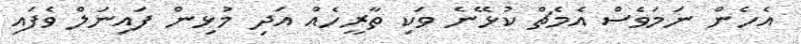
އެހެން ނަމަވެސް އެމެޗް ކުޅޭނެ ވަކި ތާރީހެއް އަދި މުޅިން ފައިނަލް ވެފައި